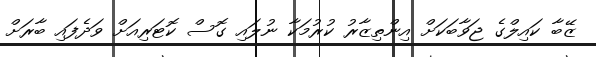
ޒޭބާ ކައިލްގެ ޖަވާބަކަށް އިންތިޒާރު ކުރުމަކާ ނުލައި ގޮސް ކޮޓަރިއަށް ވަދެފައި ބާރަށް